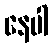
နေပါ